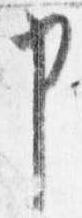
申